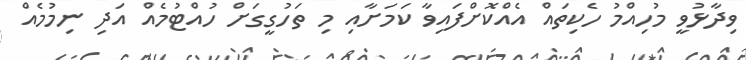
ވިދާޅުވީ މުހިއްމު ހެކިތައް އެއްކޮށްފައިވާ ކަމަށާއި މި ތަހުގީގަށް ހުއްޓުމެއް އަދި ނިމުމެއް